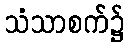
သံသာစက်၌